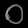
Digit: ၀